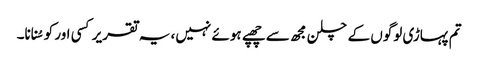
تم پہاڑی لوگوں کے چلن مجھ سے چھپے ہوئے نہیں، یہ تقریر کسی اور کو سُنانا۔